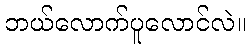
ဘယ်လောက်ပူလောင်လဲ။